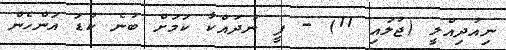
ނިއުދިއްލީ (ޖުލައި 11) - ފީ ނުދައްކާ ކަމަށް ބުނެ ކުޑަ އަންހެން